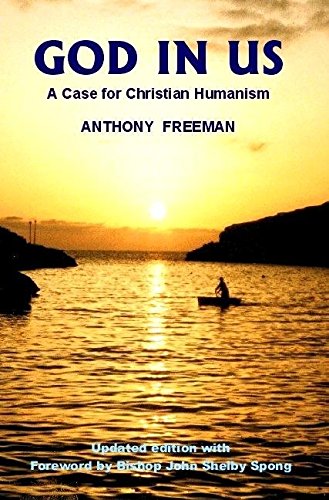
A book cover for God in Us: A Case for Christian Humanism (Societas); Anthony Freeman; Religion & Spirituality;